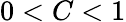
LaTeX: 0<C<1